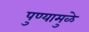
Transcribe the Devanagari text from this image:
पुण्यामुळे